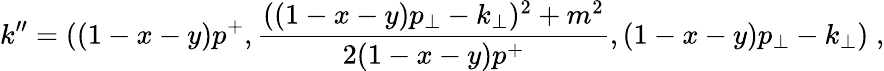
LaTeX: k^{\prime\prime}=((1-x-y)p^{+},{\frac{((1-x-y)p_{\perp}-k_{\perp})^{2}+m^{2}}{2(1-x-y)p^{+}}},(1-x-y)p_{\perp}-k_{\perp})\; ,